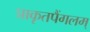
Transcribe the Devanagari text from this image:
प्राकृतपैंगलम्‌